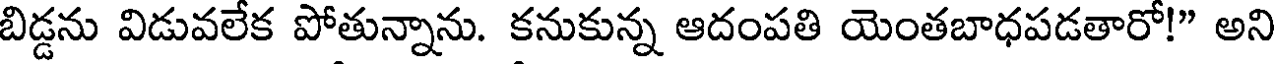
బిడ్డను విడువలేక పోతున్నాను. కనుకున్న ఆదంపతి యెంతబాధపడతారో!" అని